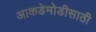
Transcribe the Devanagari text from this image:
आकडेमोडीसाठी